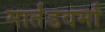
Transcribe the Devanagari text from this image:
मार्तंडवर्मा